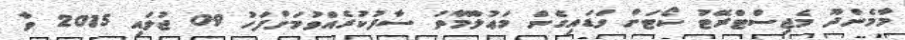
މާމެންދޫ މެޖިސްޓްރޭޓު ކޯޓަށް ވަޑައިގެން މަޢުލޫމާތު ސާފުކުރެއްވުމަށްފަހު 09 ޖުލައި 2015 ވާ